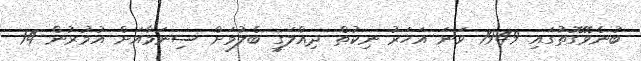
ބުނެވޭގޮތުގައި 1949 ވަނަ އަހަރު ނިކުތް ދިއްލަގީ ބެލުމަށް ސިނަމާއަށް އުމުރުން 14